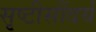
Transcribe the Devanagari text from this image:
सृष्टीसौंदर्य